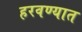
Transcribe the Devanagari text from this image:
हरवण्यात